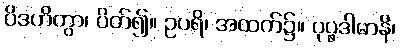
ပိဒဟိတွာ၊ ပိတ်၍။ ဥပရိ၊ အထက်၌။ ပုပ္ဖဒါမာနိ၊